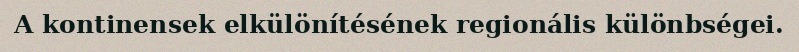
A kontinensek elkülönítésének regionális különbségei.